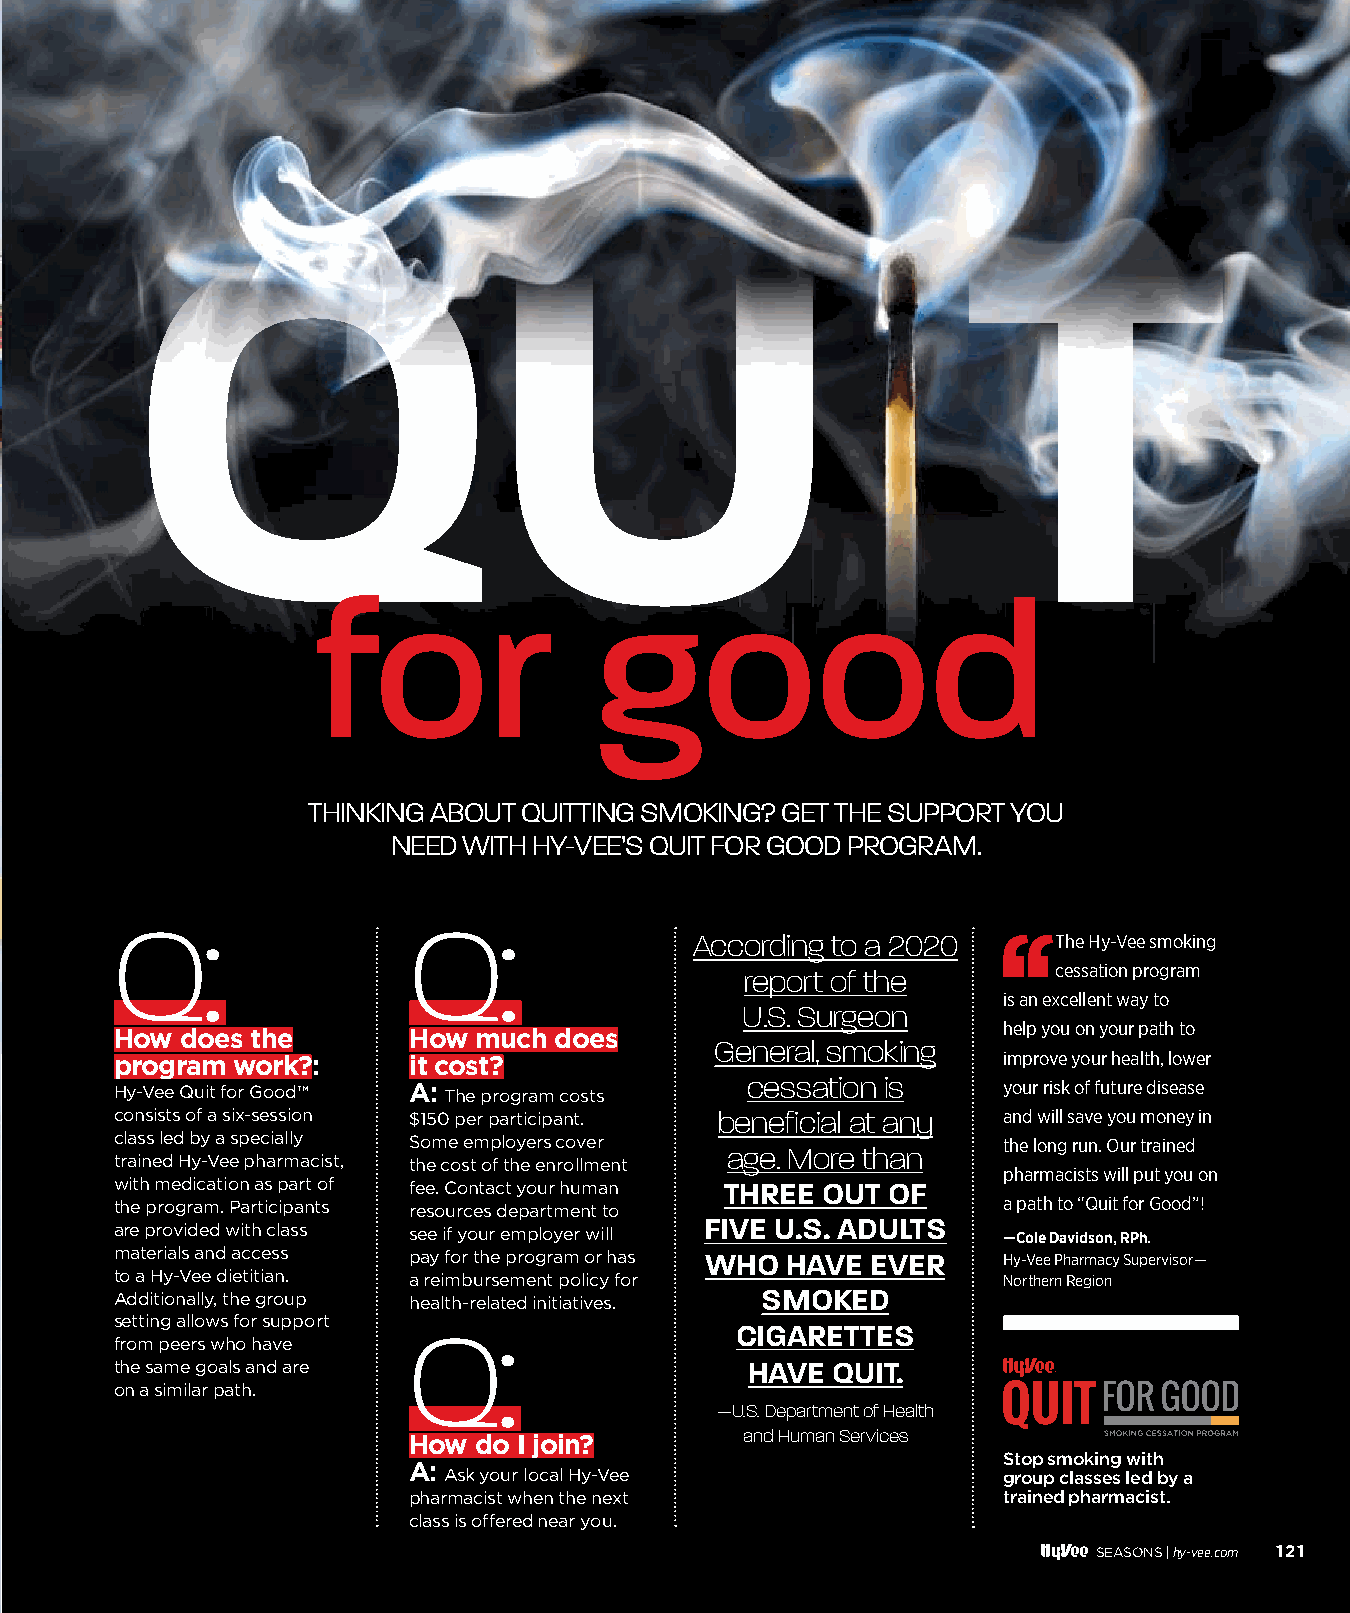
QU                                                      T
 for                good
 THINKING ABOUT QUITTING SMOKING? GET THE SUPPORT YOU
 NEED WITH HY-VEE’S QUIT FOR GOOD PROGRAM.
 Q:                 Q:
 According to a 2020     The Hy-Vee smoking
 report of the        cessation program
 is an excellent way to
 U.S. Surgeon
 help you on your path to
 How does the       How much  does
 General, smoking
 program work?:     it cost?                               improve your health, lower
 Hy-Vee Quit for Good™ A: The program costs cessation is   your risk of future disease
 consists of a six-session $150 per participant. benefi cial at any and will save you money in
 class led by a specially Some employers cover             the long run. Our trained
 age. More than
 trained Hy-Vee pharmacist, the cost of the enrollment
 pharmacists will put you on
 with medication as part of fee. Contact your human THREE OUT OF
 the program. Participants resources department to         a path to “Quit for Good”!
 are provided with class see if your employer will FIVE U.S. ADULTS —Cole Davidson, RPh.
 materials and access pay for the program or has WHO HAVE EVER Hy-Vee Pharmacy Supervisor—
 to a Hy-Vee dietitian. a reimbursement policy for         Northern Region
 Additionally, the group health-related initiatives. SMOKED
 setting allows for support
 Q:                    CIGARETTES
 from peers who have
 the same goals and are                   HAVE  QUIT.
 on a similar path.
 —U.S. Department of Health
 and Human Services
 How do I join?
 Stop smoking with
 A: Ask your local Hy-Vee               group classes led by a
 pharmacist when the next               trained pharmacist.
 class is offered near you.
 SEASONS |hy-vee.com 121
 112200--112211 PPhhaarrmmaaccyy QQuuiitt SSmmookkiinngg__1111..2299..iinndddd 112211 1111//2299//2211 33::2200 PPMM